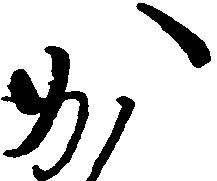
か